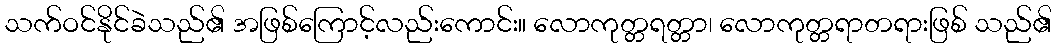
သက်ဝင်နိုင်ခဲသည်၏ အဖြစ်ကြောင့်လည်းကောင်း။ လောကုတ္တရတ္တာ၊ လောကုတ္တရာတရားဖြစ် သည်၏